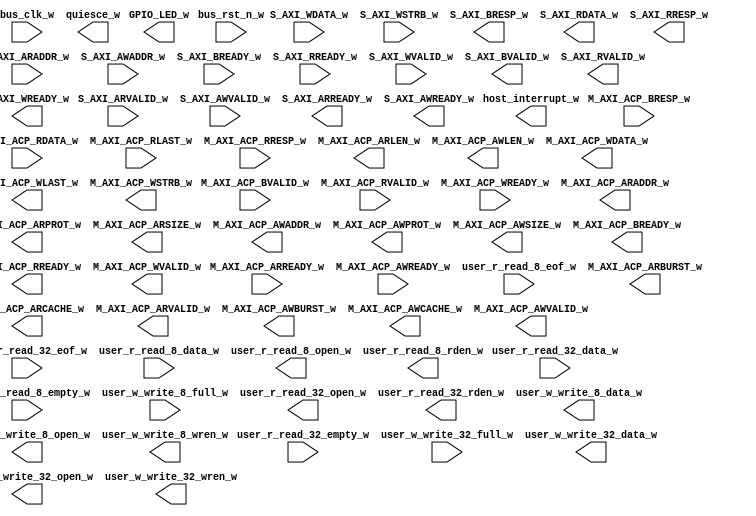
module xillybus_core
  (
  input  M_AXI_ACP_ARREADY_w,
  input  M_AXI_ACP_AWREADY_w,
  input [1:0] M_AXI_ACP_BRESP_w,
  input  M_AXI_ACP_BVALID_w,
  input [63:0] M_AXI_ACP_RDATA_w,
  input  M_AXI_ACP_RLAST_w,
  input [1:0] M_AXI_ACP_RRESP_w,
  input  M_AXI_ACP_RVALID_w,
  input  M_AXI_ACP_WREADY_w,
  input [31:0] S_AXI_ARADDR_w,
  input  S_AXI_ARVALID_w,
  input [31:0] S_AXI_AWADDR_w,
  input  S_AXI_AWVALID_w,
  input  S_AXI_BREADY_w,
  input  S_AXI_RREADY_w,
  input [31:0] S_AXI_WDATA_w,
  input [3:0] S_AXI_WSTRB_w,
  input  S_AXI_WVALID_w,
  input  bus_clk_w,
  input  bus_rst_n_w,
  input [31:0] user_r_read_32_data_w,
  input  user_r_read_32_empty_w,
  input  user_r_read_32_eof_w,
  input [7:0] user_r_read_8_data_w,
  input  user_r_read_8_empty_w,
  input  user_r_read_8_eof_w,
  input  user_w_write_32_full_w,
  input  user_w_write_8_full_w,
  output [3:0] GPIO_LED_w,
  output [31:0] M_AXI_ACP_ARADDR_w,
  output [1:0] M_AXI_ACP_ARBURST_w,
  output [3:0] M_AXI_ACP_ARCACHE_w,
  output [3:0] M_AXI_ACP_ARLEN_w,
  output [2:0] M_AXI_ACP_ARPROT_w,
  output [2:0] M_AXI_ACP_ARSIZE_w,
  output  M_AXI_ACP_ARVALID_w,
  output [31:0] M_AXI_ACP_AWADDR_w,
  output [1:0] M_AXI_ACP_AWBURST_w,
  output [3:0] M_AXI_ACP_AWCACHE_w,
  output [3:0] M_AXI_ACP_AWLEN_w,
  output [2:0] M_AXI_ACP_AWPROT_w,
  output [2:0] M_AXI_ACP_AWSIZE_w,
  output  M_AXI_ACP_AWVALID_w,
  output  M_AXI_ACP_BREADY_w,
  output  M_AXI_ACP_RREADY_w,
  output [63:0] M_AXI_ACP_WDATA_w,
  output  M_AXI_ACP_WLAST_w,
  output [7:0] M_AXI_ACP_WSTRB_w,
  output  M_AXI_ACP_WVALID_w,
  output  S_AXI_ARREADY_w,
  output  S_AXI_AWREADY_w,
  output [1:0] S_AXI_BRESP_w,
  output  S_AXI_BVALID_w,
  output [31:0] S_AXI_RDATA_w,
  output [1:0] S_AXI_RRESP_w,
  output  S_AXI_RVALID_w,
  output  S_AXI_WREADY_w,
  output  host_interrupt_w,
  output  quiesce_w,
  output  user_r_read_32_open_w,
  output  user_r_read_32_rden_w,
  output  user_r_read_8_open_w,
  output  user_r_read_8_rden_w,
  output [31:0] user_w_write_32_data_w,
  output  user_w_write_32_open_w,
  output  user_w_write_32_wren_w,
  output [7:0] user_w_write_8_data_w,
  output  user_w_write_8_open_w,
  output  user_w_write_8_wren_w
);
endmodule